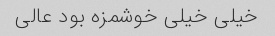
خیلی خیلی خوشمزه بود عالی